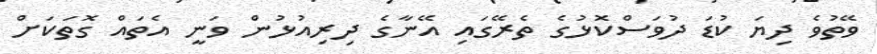
ވޭތުވެ ދިޔަ ކުޑަ ދުވަސްކޮޅުގެ ތެރޭގައި އޭނާގެ ދިރިއުޅުން ވަނީ އެތައް ގޮތަކަށް